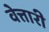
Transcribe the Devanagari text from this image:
वेत्तारी